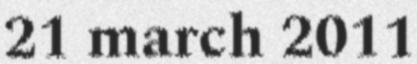
21 march 2011